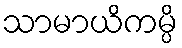
သာမာယိကမ္ပိ